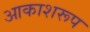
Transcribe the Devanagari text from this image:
आकाशरूप